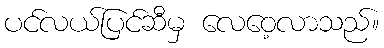
ပင်လယ်ပြင်ဆီမှ လေဝေ့လာသည်။